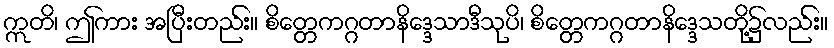
ဣတိ၊ ဤကား အပြီးတည်း။ စိတ္တေကဂ္ဂတာနိဒ္ဒေသာဒီသုပိ၊ စိတ္တေကဂ္ဂတာနိဒ္ဒေသတို့၌လည်း။